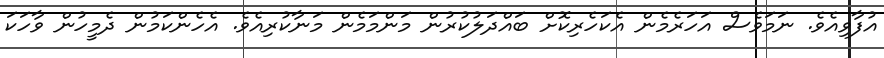
އުފާވިއެވެ. ނަމަވެސް އަހަރެމެން އެކަހެރިކޮށް ބައްދަލުކުރުން މަންމަމެން މަނާކުރިއެވެ. އެހެންކަމުން ދެމީހުން ވާހަކަ